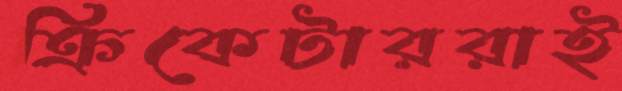
ক্রিকেটাররাই